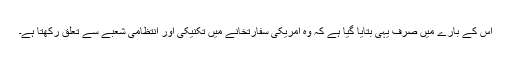
اس کے بارے میں صرف یہی بتایا گیا ہے کہ وہ امریکی سفارتخانے میں تکنیکی اور انتظامی شعبے سے تعلق رکھتا ہے۔